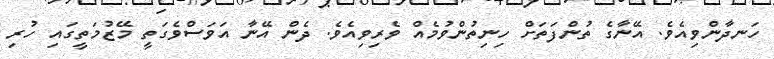
ހަނދާންވިއެވެ. އޭނާގެ ތުންފަތަށް ހިނިތުންވުމެއް ވެރިވިއެވެ. ދެން އޭނާ އަވަސްވެގަތީ މޭޒުމަތީގައި ހުރި